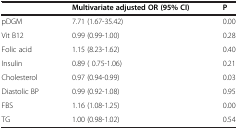
<table><thead><tr><td><b> </b></td><td><b>Multivariate adjusted OR (95% CI)</b></td><td><b>P</b></td></tr></thead><tbody><tr><td>pDGM</td><td>7.71 (1.67-35.42)</td><td>0.00</td></tr><tr><td>Vit B12</td><td>0.99 (0.99-1.00)</td><td>0.28</td></tr><tr><td>Folic acid</td><td>1.15 (8.23-1.62)</td><td>0.40</td></tr><tr><td>Insulin</td><td>0.89 ( 0.75-1.06)</td><td>0.21</td></tr><tr><td>Cholesterol</td><td>0.97 (0.94-0.99)</td><td>0.03</td></tr><tr><td>Diastolic BP</td><td>0.99 (0.92-1.08)</td><td>0.95</td></tr><tr><td>FBS</td><td>1.16 (1.08-1.25)</td><td>0.00</td></tr><tr><td>TG</td><td>1.00 (0.98-1.02)</td><td>0.54</td></tr></tbody></table>